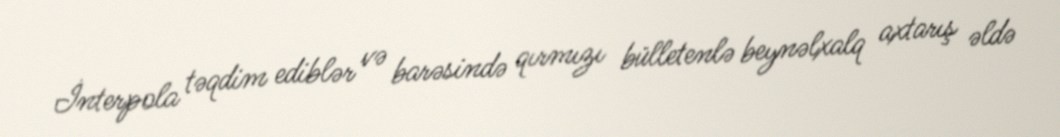
İnterpola təqdim ediblər və barəsində qırmızı bülletenlə beynəlxalq axtarış əldə